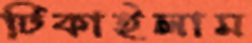
টিকাইলাম